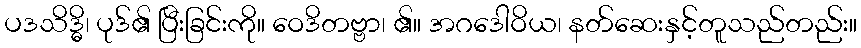
ပဒသိဒ္ဓိ၊ ပုဒ်၏ ပြီးခြင်းကို။ ဝေဒိတဗ္ဗာ၊ ၏။ အဂဒေါဝိယ၊ နတ်ဆေးနှင့်တူသည်တည်း။